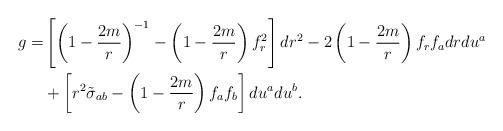
LaTeX: \begin{align*}g =& \left[ \left( 1 - \frac{2m}{r} \right)^{-1} - \left( 1 - \frac{2m}{r} \right) f_r^2 \right] dr^2 - 2\left( 1 - \frac{2m}{r} \right) f_r f_a dr du^a\\& + \left[r^2 \tilde{\sigma}_{ab} - \left( 1 - \frac{2m}{r} \right)f_a f_b \right] du^a du^b.\end{align*}